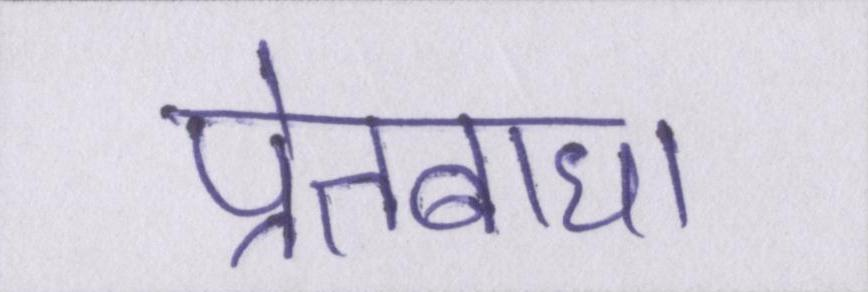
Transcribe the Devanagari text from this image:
प्रेतबाधा